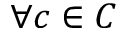
\forall c \in C